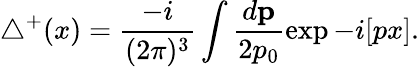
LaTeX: {\triangle}^{+}(x)=\frac{-i}{(2\pi)^{3}}\int\frac{d{\mathbf p}}{2p_{0}}{\exp-i[px]}.